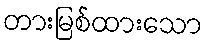
တားမြစ်ထားသော